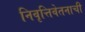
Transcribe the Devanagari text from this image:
निवृत्तिवेतनाची